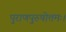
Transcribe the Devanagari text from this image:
पुराणपुरुषोत्तमः।